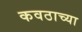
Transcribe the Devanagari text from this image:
कवठाच्या